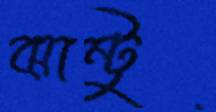
ঝান্টু